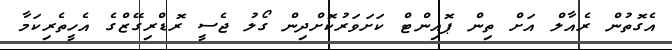
އެގޮތުން ރެއާލް އަށް ތިން ޕޮއިންޓް ކަށަވަރުކޮށްދިން ގޯލު ޖެސީ ރޮޑްރިގޭޒްގެ އެހީތެރިކަމާ